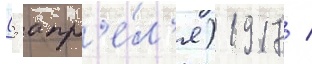
(5 апр'е́л'я) 1917 /